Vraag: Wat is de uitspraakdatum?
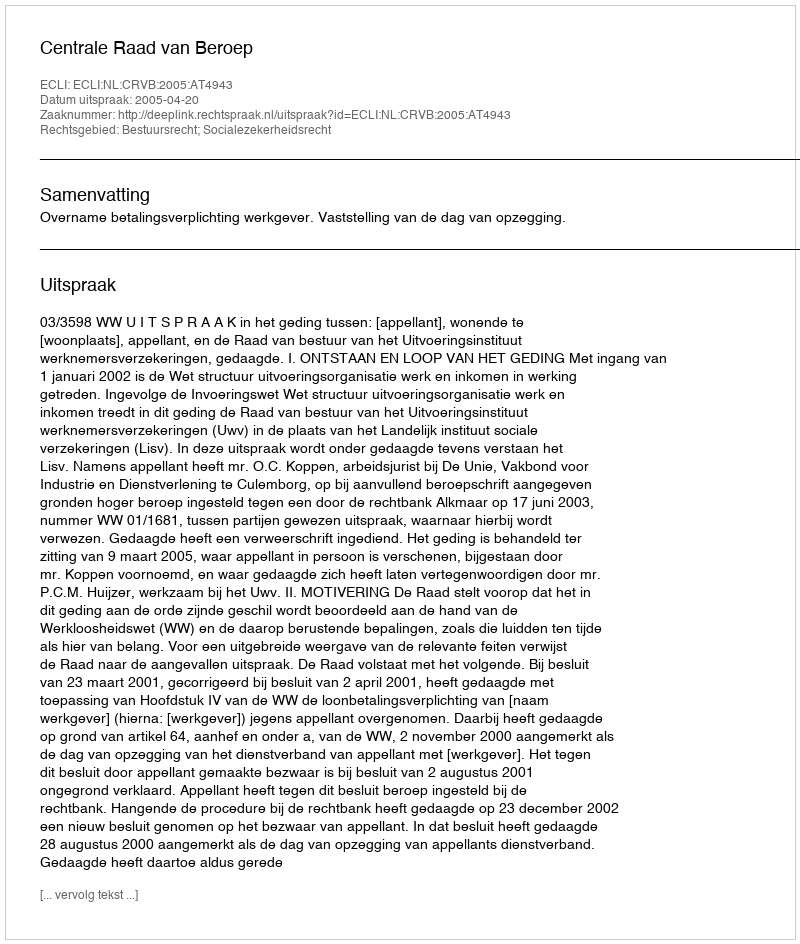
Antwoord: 2005-04-20